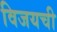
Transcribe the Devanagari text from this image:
विजयची